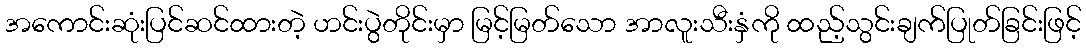
အကောင်းဆုံးပြင်ဆင်ထားတဲ့ ဟင်းပွဲတိုင်းမှာ မြင့်မြတ်သော အာလူးသီးနှံကို ထည့်သွင်းချက်ပြုတ်ခြင်းဖြင့်